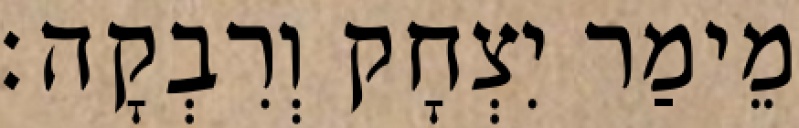
מֵימַר יִצְחָק וְרִבְקָה׃